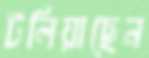
টলিয়াছেন